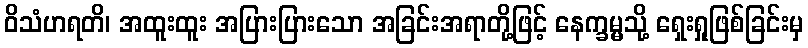
ဝိသံဟရတိ၊ အထူးထူး အပြားပြားသော အခြင်းအရာတို့ဖြင့် နေက္ခမ္မသို့ ရှေးရှုဖြစ်ခြင်းမှ